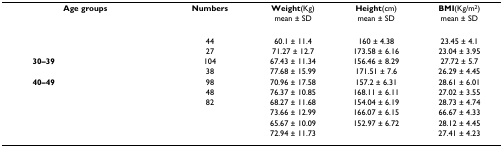
<table><thead><tr><td colspan="2"><b>Age groups</b></td><td><b>Numbers</b></td><td><b>Weight(Kg)</b></td><td><b>Height(cm)</b></td><td><b>BMI(Kg/m<sup>2</sup>)</b></td></tr><tr><td>[EMPTY_CELL]</td><td>[EMPTY_CELL]</td><td>[EMPTY_CELL]</td><td><b>mean ± SD</b></td><td><b>mean ± SD</b></td><td><b>mean ± SD</b></td></tr></thead><tbody><tr><td>[EMPTY_CELL]</td><td>[EMPTY_CELL]</td><td>44</td><td>60.1 ± 11.4</td><td>160 ± 4.38</td><td>23.45 ± 4.1</td></tr><tr><td>[EMPTY_CELL]</td><td>[EMPTY_CELL]</td><td>27</td><td>71.27 ± 12.7</td><td>173.58 ± 6.16</td><td>23.04 ± 3.95</td></tr><tr><td><b>30–39</b></td><td>[EMPTY_CELL]</td><td>104</td><td>67.43 ± 11.34</td><td>156.46 ± 8.29</td><td>27.72 ± 5.7</td></tr><tr><td>[EMPTY_CELL]</td><td>[EMPTY_CELL]</td><td>38</td><td>77.68 ± 15.99</td><td>171.51 ± 7.6</td><td>26.29 ± 4.45</td></tr><tr><td><b>40–49</b></td><td>[EMPTY_CELL]</td><td>98</td><td>70.96 ± 17.58</td><td>157.2 ± 6.31</td><td>28.61 ± 6.01</td></tr><tr><td>[EMPTY_CELL]</td><td>[EMPTY_CELL]</td><td>48</td><td>76.37 ± 10.85</td><td>168.11 ± 6.11</td><td>27.02 ± 3.55</td></tr><tr><td>[EMPTY_CELL]</td><td>[EMPTY_CELL]</td><td>82</td><td>68.27 ± 11.68</td><td>154.04 ± 6.19</td><td>28.73 ± 4.74</td></tr><tr><td>[EMPTY_CELL]</td><td>[EMPTY_CELL]</td><td>[EMPTY_CELL]</td><td>73.66 ± 12.99</td><td>166.07 ± 6.15</td><td>66.67 ± 4.33</td></tr><tr><td>[EMPTY_CELL]</td><td>[EMPTY_CELL]</td><td>[EMPTY_CELL]</td><td>65.67 ± 10.09</td><td>152.97 ± 6.72</td><td>28.12 ± 4.45</td></tr><tr><td>[EMPTY_CELL]</td><td>[EMPTY_CELL]</td><td>[EMPTY_CELL]</td><td>72.94 ± 11.73</td><td>[EMPTY_CELL]</td><td>27.41 ± 4.23</td></tr></tbody></table>